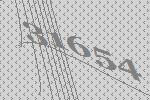
31654